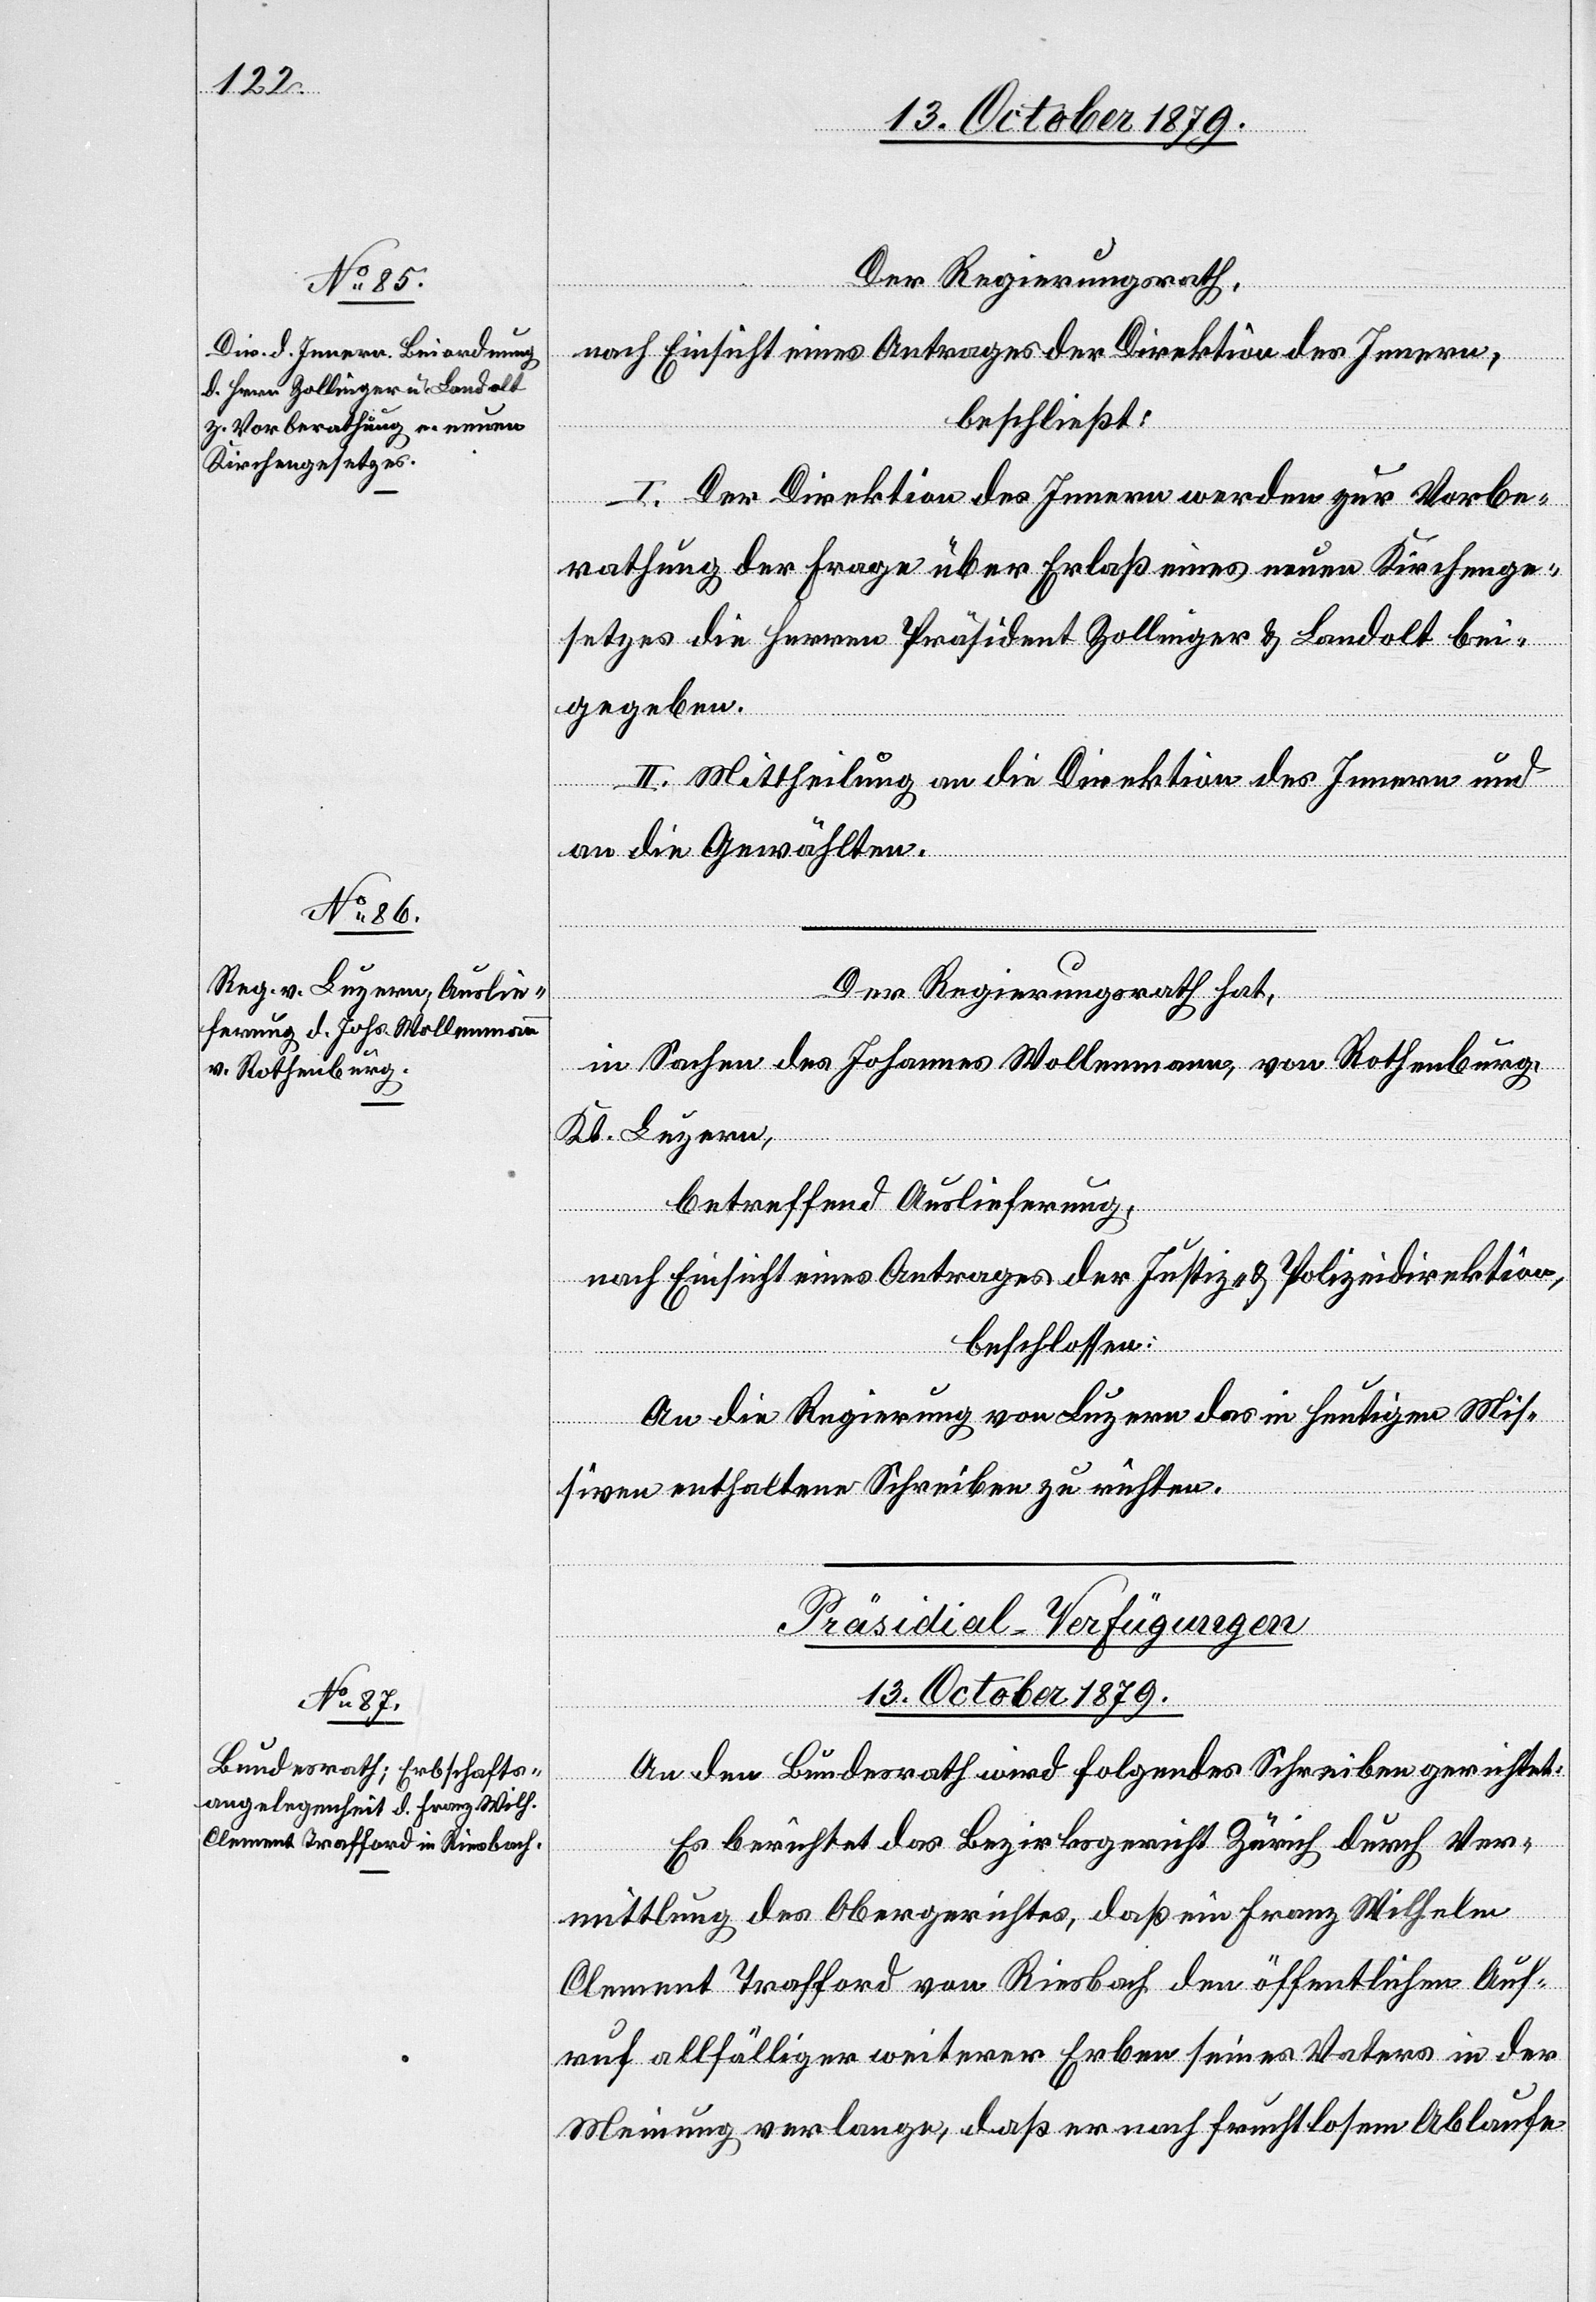
Der Regierungsrath,
nach Einsicht eines Antrages der Direktion des Innern,
beschließt:
I. Der Direktion des Innern werden zur Vorbe¬
rathung der Frage über Erlaß eines neuen Kirchenge¬
setzes die Herren Präsident Zollinger & Landolt bei¬
gegeben.
II. Mittheilung an die Direktion des Innern und
an die Gewählten.
Der Regierungsrath hat,
in Sachen des Johannes Wollenmann, von Rothenburg,
Kt. Luzern,
betreffend Auslieferung,
nach Einsicht eines Antrages der Justiz- & Polizeidirektion,
beschlossen:
An die Regierung von Luzern das in heutigen Mis¬
siven enthaltene Schreiben zu richten.
Präsidial-Verfügungen
13. October 1879.
An den Bundesrath wird folgendes Schreiben gerichtet:
Es berichtet das Bezirksgericht Zürich durch Ver¬
mittlung des Obergerichtes, daß ein Franz Wilhelm
Clement Trafford von Riesbach den öffentlichen Auf¬
ruf allfälliger weiterer Erben seines Vaters in der
Meinung verlange, daß er nach fruchtlosem Ablaufe